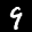
Label: 9